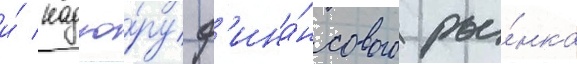
и́ надзо́ру ф'ина́нсового ры́нка